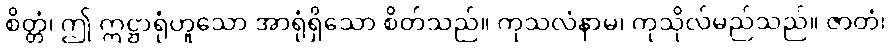
စိတ္တံ၊ ဤ ဣဋ္ဌာရုံဟူသော အာရုံရှိသော စိတ်သည်။ ကုသလံနာမ၊ ကုသိုလ်မည်သည်။ ဇာတံ၊